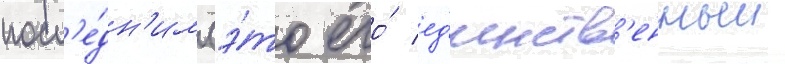
посл'е́дн'им (э́то его́ ед'инств'енныи